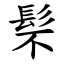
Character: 䯱